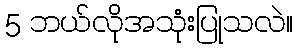
5 ဘယ်လိုအသုံးပြုသလဲ။